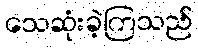
သေဆုံးခဲ့ကြသည်